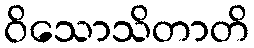
ဝိသောသိတာတိ